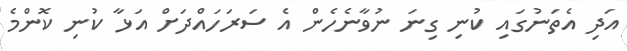
އަދި އެތަނުގައި ކުނި ގިނަ ނުވާނެހެން އެ ސަރަހައްދަށް އަޅާ ކުނި ކޮންމެ